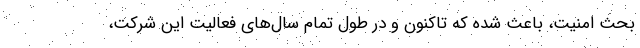
بحث امنیت، باعث شده که تاکنون و در طول تمام سال‌های فعالیت این شرکت،